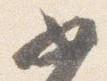
如